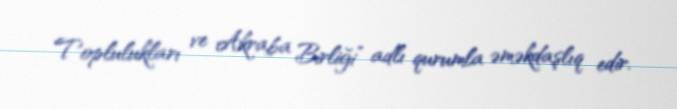
Toplulukları ve Akraba Birliği” adlı qurumla əməkdaşlıq edir.